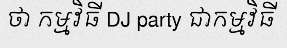
ថា កម្មវិធី DJ party ជាកម្មវិធី